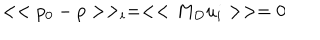
LaTeX: < < p _ { 0 } - p > > _ { i } = < < M _ { D } u _ { i } > > = 0